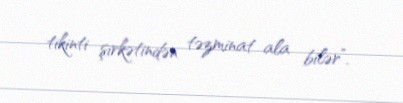
tikinti şirkətindən təzminat ala bilər”.